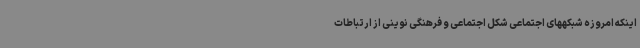
اینکه امروزه شبکههای اجتماعی شکل اجتماعی و فرهنگی نوینی از ارتباطات